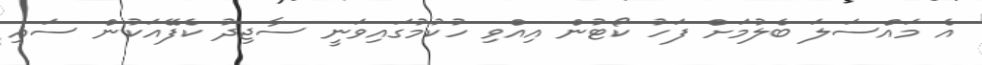
އެ މައްސަލަ ބެލުމަށް ފަހު ކޯޓުން އިއްވި ހުކުމުގައިވަނީ ސާޖިދު ކެފޭއަކުން ސައި